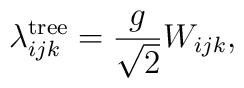
\lambda_{ijk}^{\rm tree} = \frac{g}{\sqrt{2}}W_{ijk},